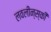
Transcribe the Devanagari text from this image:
लवलीन्स्की